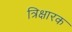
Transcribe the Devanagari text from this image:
त्रिक्षारक